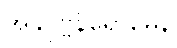
အနုပုဗ္ဗနိရောဓေန